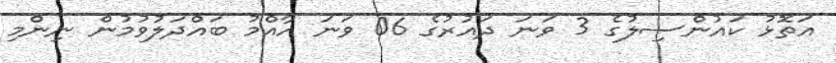
އަތޮޅު ކައުންސިލުގެ 3 ވަނަ ދައުރުގެ 06 ވަނަ އާއްމު ބައްދަލުވުމުން ނިންމި